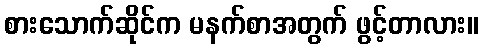
စားသောက်ဆိုင်က မနက်စာအတွက် ဖွင့်တာလား။